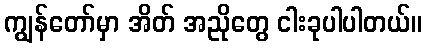
ကျွန်တော်မှာ အိတ် အညိုတွေ ငါးခုပါပါတယ်။